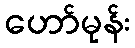
ဟော်မုန်း